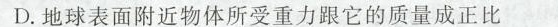
D.地球表面附近物体所受重力跟它的质量成正比